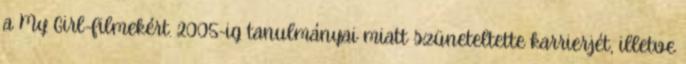
a My Girl-filmekért. 2005-ig tanulmányai miatt szüneteltette karrierjét, illetve